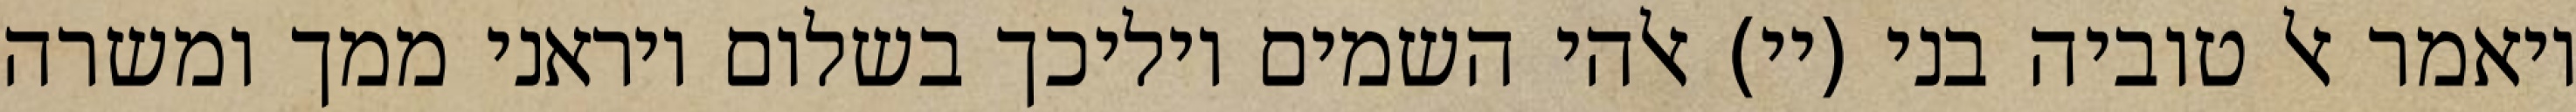
ויאמר אל טוביה בני (יי) אלהי השמים יוליכך בשלום ויראני ממך ומשרה